Indian Medical Review
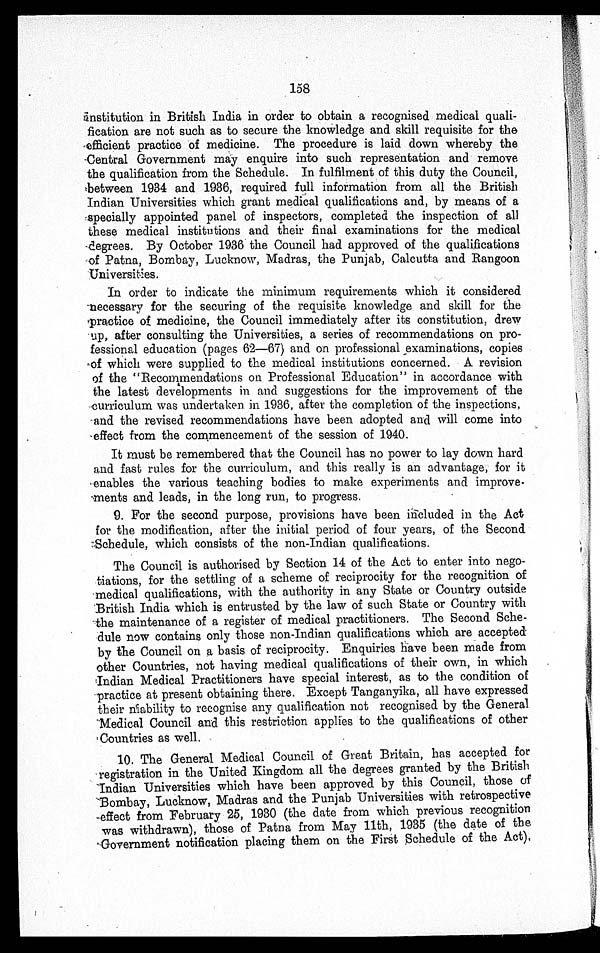
158
institution in British India in order to obtain a recognised medical quali
fication are not such as to secure the knowledge and skill requisite for the
efficient practice of medicine. The procedure is laid down whereby the
Central Government may enquire into such representation and remove
the qualification from the Schedule. In fulfilment of this duty the Council,
between 1934 and 1936, required full information from all the British
Indian Universities which grant medical qualifications and, by means of a
specially appointed panel of inspectors, completed the inspection of all
these medical institutions and their final examinations for the medical
degrees. By October 1936 the Council had approved of the qualifications
of Patna, Bombay, Lucknow, Madras, the Punjab, Calcutta and Rangoon
Universities.
In order to indicate the minimum requirements which it considered
necessary for the securing of the requisite knowledge and skill for the
practice of medicine, the Council immediately after its constitution, drew
up, after consulting the Universities, a series of recommendations on pro
fessional education (pages 62—67) and on professional examinations, copies
of which were supplied to the medical institutions concerned. A revision
of the "Recompendations on Professional Education" in accordance with
the latest developments in and suggestions for the improvement of the
curriculum was undertaken in 1936, after the completion of the inspections,
and the revised recommendations have been adopted and will come into
effect from the commencement of the session of 1940.
It must be remembered that the Council has no power to lay down hard
and fast rules for the curriculum, and this really is an advantage, for it
enables the various teaching bodies to make experiments and
improvements and leads, in the long run, to progress.
9.
For the second purpose, provisions have been included in the Act
for the modification, after the initial period of four years, of the Second
Scheduled, which consists of the non-Indian qualifications.
The Council is authorised by Section 14 of the Act to enter into nego
tiations, for the settling of a scheme of reciprocity for the recognition of
medical qualifications, with the authority in any State or Country outside
British India which is entrusted by the law of such State or Country with
the maintenance of a register of medical practitioners. The Second Sche
dule now contains only those non-Indian qualifications which are accepted
by the Council on a basis of reciprocity. Enquiries have been made from
other Countries, not having medical qualifications of their own, in which
Indian Medical Practitioners have special interest, as to the condition of
practice at present obtaining there. Except Tanganyika, all have expressed
their niability to recognise any qualification not recognised by the General
Medical Council and this restriction applies to the qualifications of other
Countries as well.
10. The General Medical Council of Great Britain, has accepted for
registration in the United Kingdom all the degrees granted by the British
Indian Universities which have been approved by this Council, those of
Bombay, Lucknow, Madras and the Punjab Universities with retrospective
effect from February 25, 1930 (the date from which previous recognition
was withdrawn), those of Patna from May 11th, 1935 (the date of the
Government notification placing them on the First Schedule of the Act).